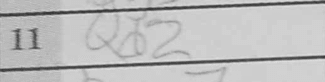
Transcription: Qd2